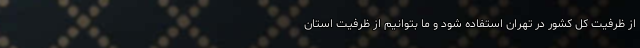
از ظرفیت کل کشور در تهران استفاده شود و ما بتوانیم از ظرفیت استان